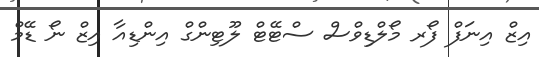
އިޒް އިނަފް ފޯރ މޯލްޑިވްސް ސްޓޭޓް ލޫޓިންގް އިންޑިއާ އިޒް ނޯ ޑޭމް